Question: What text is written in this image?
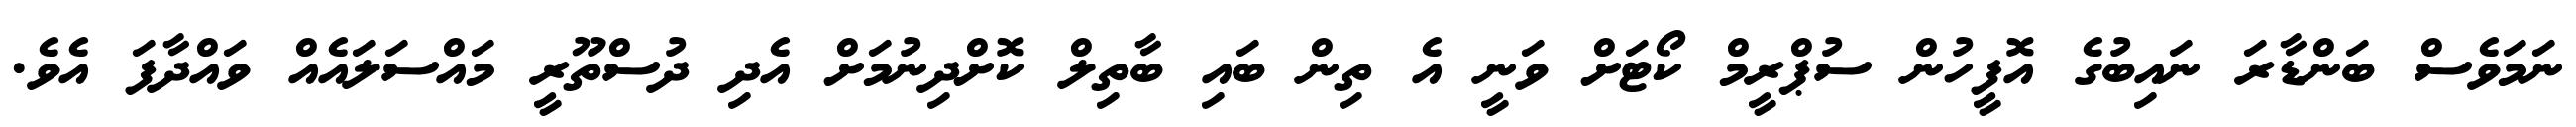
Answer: ނަމަވެސް ބަންޑާރަ ނައިބުގެ އޮފީހުން ސުޕްރީމް ކޯޓަށް ވަނީ އެ ތިން ބައި ބާތިލް ކޮށްދިނުމަށް އެދި ދުސްތޫރީ މައްސަލައެއް ވައްދާފަ އެވެ.